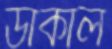
ডাকাল